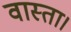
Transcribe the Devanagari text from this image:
वास्ता।